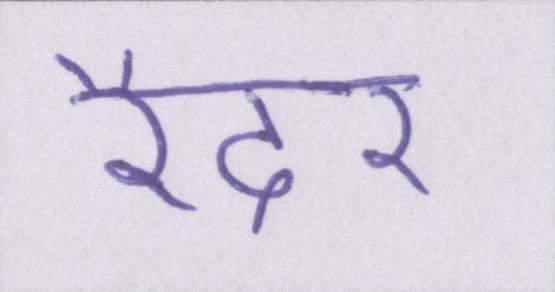
रैदर